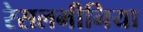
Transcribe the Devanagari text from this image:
रेसलमीनिया